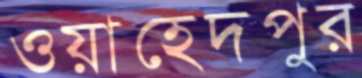
ওয়াহেদপুর